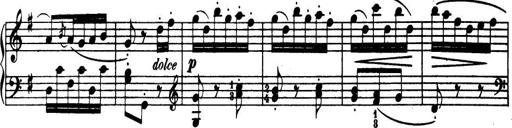
Title: 32 Sonatinas and Rondos for the Piano
Composer: Richard Kleinmichel